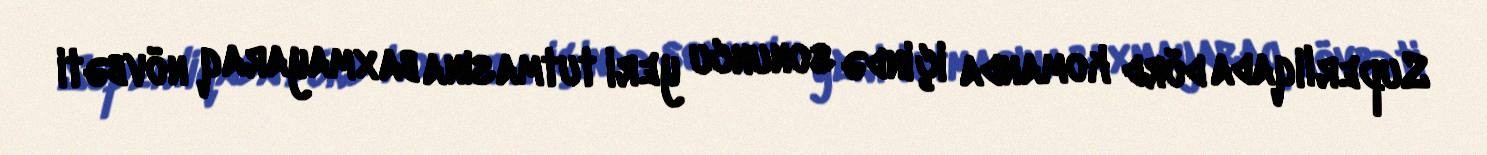
Superliqada dörd komanda içində sonuncu yeri tutmasına baxmayaraq növbəti